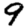
Digit: 9